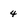
Character: 4